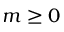
m \geq 0